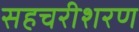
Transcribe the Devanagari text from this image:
सहचरीशरण